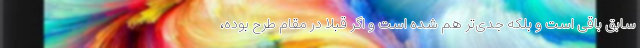
سابق باقی است و بلکه جدی‌تر هم شده است و اگر قبلاً در مقام طرح بوده،